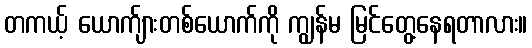
တကယ့် ယောက်ျားတစ်ယောက်ကို ကျွန်မ မြင်တွေ့နေရတာလား။